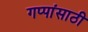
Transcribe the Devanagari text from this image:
गप्पांसाठी